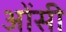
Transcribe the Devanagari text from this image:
ओंसी